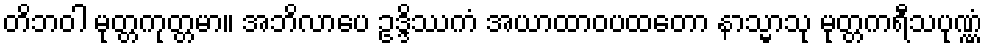
တိဘဝါ မုတ္တကုတ္တမာ။ အဘိလာပေ ဥဒ္ဒိဿကံ အယာထာဝပထတော နာသ္မာသု မုတ္တကရီသပုဏ္ဏံ